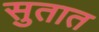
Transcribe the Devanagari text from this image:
सुतात